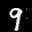
Label: 9